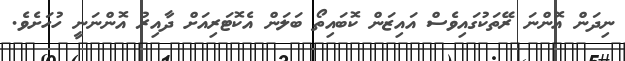
ނިދަން އޮންނަ ރޭތަކުގައިވެސް އައިޒަން ކޮބައިތޯ ބަލަން އެކޮޓަރިއަށް ދާއިރު އޮންނަނީ ހުހަށެވެ.